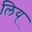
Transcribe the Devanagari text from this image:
लिय्